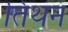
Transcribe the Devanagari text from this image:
तिथनं